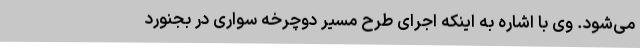
می‌شود. وی با اشاره به اینکه اجرای طرح مسیر دوچرخه سواری در بجنورد